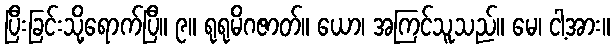
ပြီးခြင်းသို့ရောက်ပြီ။ ၉။ ရုရုမိဂဇာတ်။ ယော၊ အကြင်သူသည်။ မေ၊ ငါ့အား။